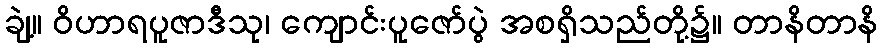
ချဲ့။ ဝိဟာရပူဇာဒီသု၊ ကျောင်းပူဇော်ပွဲ အစရှိသည်တို့၌။ တာနိတာနိ